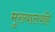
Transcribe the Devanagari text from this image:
मुख्यालयहि